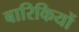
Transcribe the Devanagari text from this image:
बारिकियों